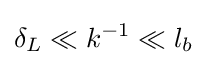
\delta _{L}\ll k^{-1}\ll l_{b}